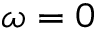
\omega = 0